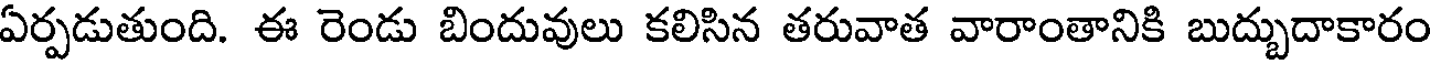
ఏర్పడుతుంది. ఈ రెండు బిందువులు కలిసిన తరువాత వారాంతానికి బుద్బుదాకారం